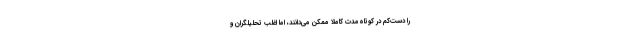
را دست‌کم در کوتاه‌مدت کاملاً ممکن می‌دانند، اما اغلب تحلیلگران و